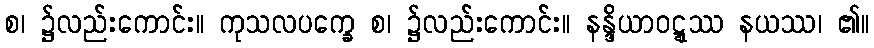
စ၊ ၌လည်းကောင်း။ ကုသလပက္ခေ စ၊ ၌လည်းကောင်း။ နန္ဒိယာဝဋ္ဋဿ နယဿ၊ ၏။